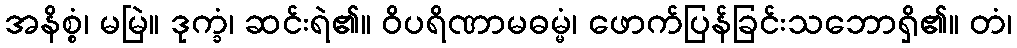
အနိစ္စံ၊ မမြဲ။ ဒုက္ခံ၊ ဆင်းရဲ၏။ ဝိပရိဏာမဓမ္မံ၊ ဖောက်ပြန်ခြင်းသဘောရှိ၏။ တံ၊